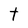
Character: t